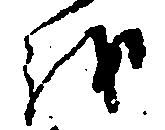
を